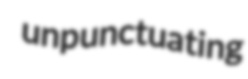
unpunctuating